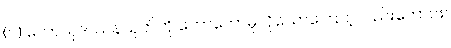
(၁) မဟာသုဒဿနသုတ်ကို ဟောတော်မူလိုသောကြောင့်လည်းကောင်း။